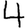
Digit: 4